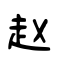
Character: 赵